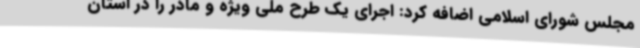
مجلس شورای اسلامی اضافه کرد: اجرای یک طرح ملی ویژه و مادر را در استان